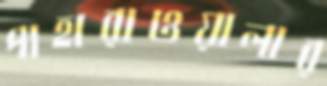
পাহারাওয়ালার